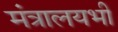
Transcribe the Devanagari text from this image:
मंत्रालयभी